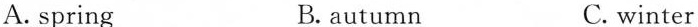
A. spring B. autumn C. winter